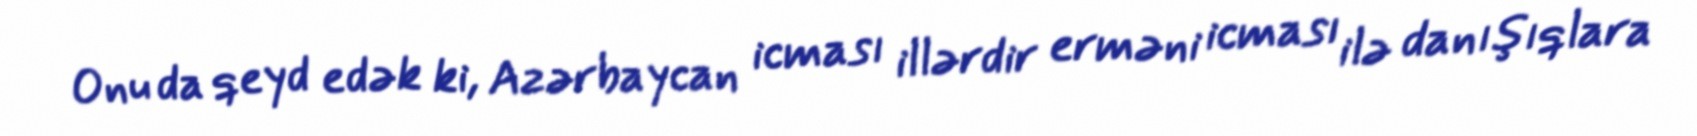
Onu da qeyd edək ki, Azərbaycan icması illərdir erməni icması ilə danışıqlara